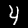
Label: 4